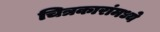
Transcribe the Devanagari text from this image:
चित्रकारांमध्ये